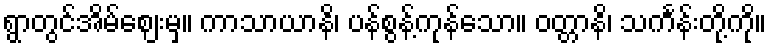
ရွာတွင်အိမ်ဈေးမှ။ ကာသာယာနိ၊ ပန်စွန့်ကုန်သော။ ဝတ္တာနိ၊ သင်္ကန်းတို့ကို။